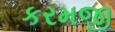
કરમજી